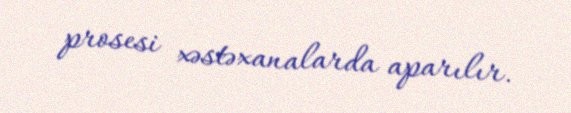
prosesi xəstəxanalarda aparılır.